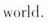
world.